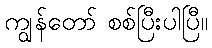
ကျွန်တော် စစ်ပြီးပါပြီ။